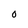
Character: O